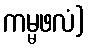
ကမ္မဖလံ)